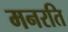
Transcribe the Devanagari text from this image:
मनरति